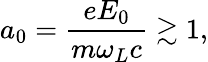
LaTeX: a_{0}=\frac{eE_{0}}{m\omega_{L}c}\gtrsim 1,